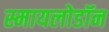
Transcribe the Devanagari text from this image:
स्मायलोडॉन